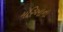
મરિઆના